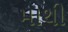
માથી